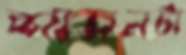
শাসনটা